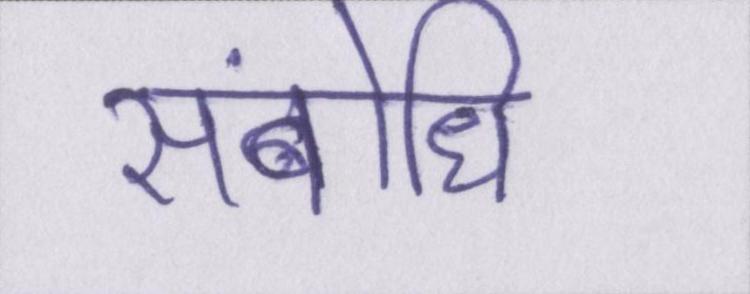
संबोधि